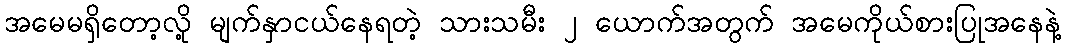
အမေမရှိတော့လို့ မျက်နှာငယ်နေရတဲ့ သားသမီး ၂ ယောက်အတွက် အမေကိုယ်စားပြုအနေနဲ့